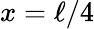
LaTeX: x=\ell/4